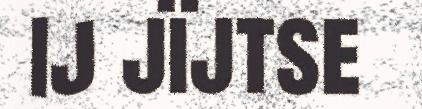
ij jïjtse